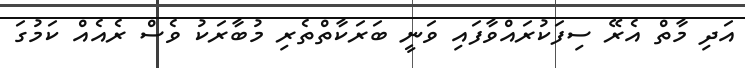
އަދި މާތް އެރޭ ސިފަކުރައްވާފައި ވަނީ ބަރަކާތްތެރި މުބާރަކު ވެސް ރެއެއް ކަމުގަ